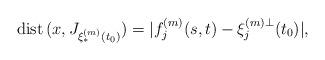
LaTeX: \begin{align*}{\rm dist}\, (x,J_{\xi_*^{(m)}(t_0)})=|f_j^{(m)}(s,t) - \xi_j^{(m)\perp}(t_0)|,\end{align*}